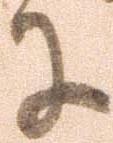
に